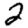
Digit: 2